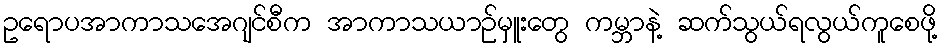
ဥရောပအာကာသအေဂျင်စီက အာကာသယာဉ်မှူးတွေ ကမ္ဘာနဲ့ ဆက်သွယ်ရလွယ်ကူစေဖို့